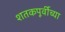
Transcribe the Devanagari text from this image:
शतकपूर्वीच्या